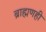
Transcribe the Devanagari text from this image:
ब्राह्मणही